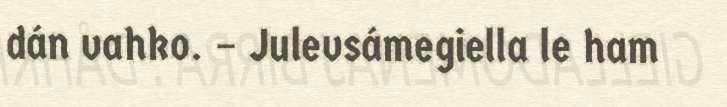
dán vahko. – Julevsámegiella le ham